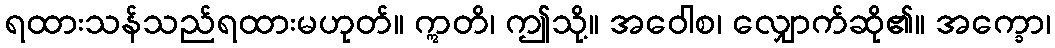
ရထားသန်သည်ရထားမဟုတ်။ ဣတိ၊ ဤသို့။ အဝေါစ၊ လျှောက်ဆို၏။ အက္ခော၊